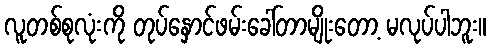
လူတစ်စုလုံးကို တုပ်နှောင်ဖမ်းခေါ်တာမျိုးတော့ မလုပ်ပါဘူး။